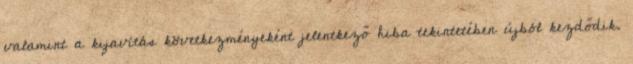
valamint a kijavítás következményeként jelentkező hiba tekintetében újból kezdődik.